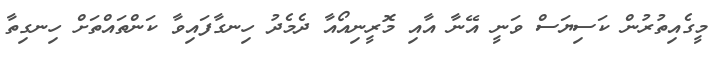
މީގެއިތުރުން ކަސިޔަސް ވަނީ އޭނާ އާއި މޮރީނިއޯއާ ދެމެދު ހިނގާފައިވާ ކަންތައްތަށް ހިނގިތާ